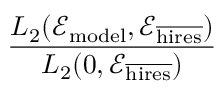
\frac { L _ { 2 } ( \mathcal { E } _ { \mathrm { m o d e l } } , \mathcal { E } _ { \overline { { \mathrm { h i r e s } } } } ) } { L _ { 2 } ( 0 , \mathcal { E } _ { \overline { { \mathrm { h i r e s } } } } ) }